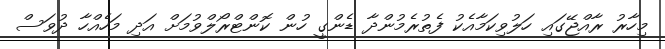
މިހާރު ރާއްޖޭގައި ހަލުވިކަމާއެކު ފެތުރެމުންދާ ޑެންގީ ހުން ކޮންޓްރޯލްވުމަށް އަދި މަހެއްހާ ދުވަސް